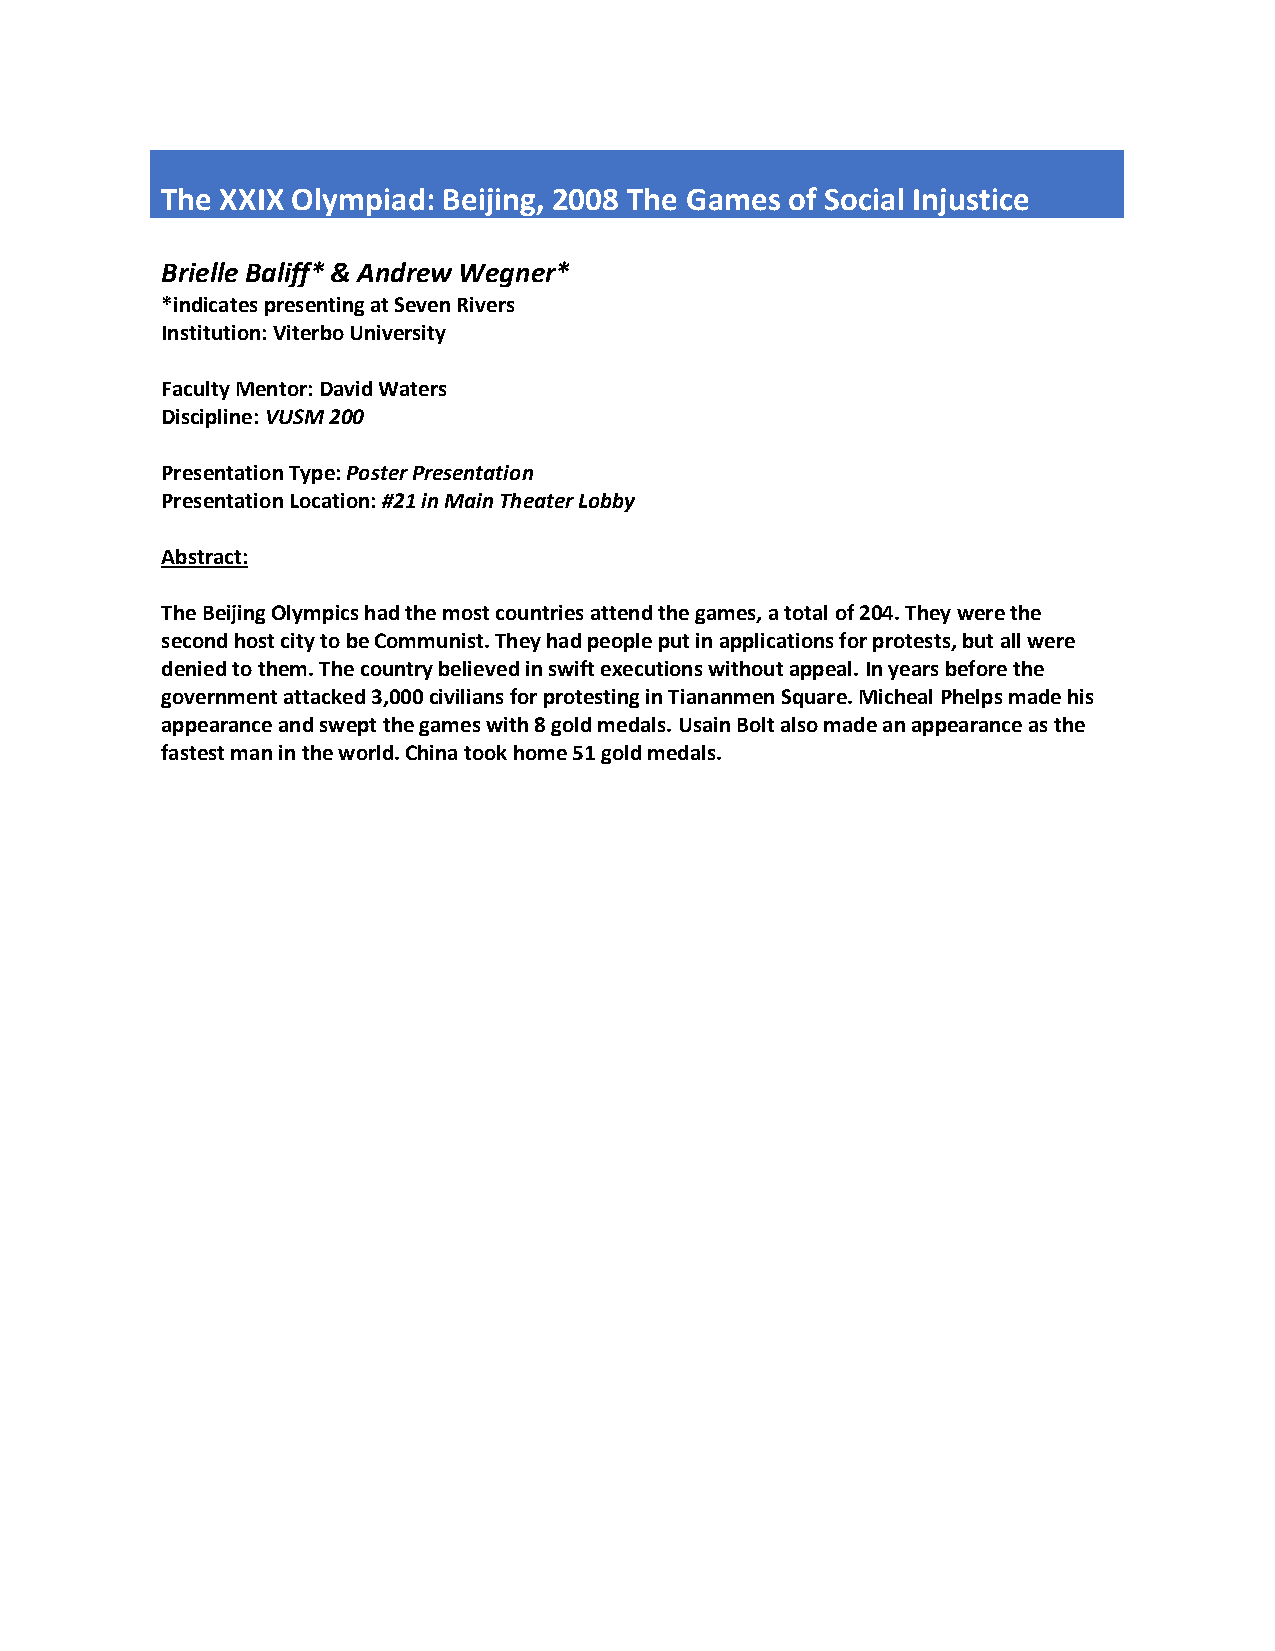
The XXIX Olympiad: Beijing, 2008 The Games of Social Injustice
 Brielle Baliff* & Andrew Wegner*
 *indicates presenting at Seven Rivers
 Institution: Viterbo University
 Faculty Mentor: David Waters
 Discipline: VUSM 200
 Presentation Type: Poster Presentation
 Presentation Location: #21 in Main Theater Lobby
 Abstract:
 The Beijing Olympics had the most countries attend the games, a total of 204. They were the
 second host city to be Communist. They had people put in applications for protests, but all were
 denied to them. The country believed in swift executions without appeal. In years before the
 government attacked 3,000 civilians for protesting in Tiananmen Square. Micheal Phelps made his
 appearance and swept the games with 8 gold medals. Usain Bolt also made an appearance as the
 fastest man in the world. China took home 51 gold medals.